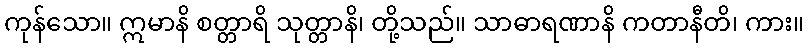
ကုန်သော။ ဣမာနိ စတ္တာရိ သုတ္တာနိ၊ တို့သည်။ သာဓာရဏာနိ ကတာနီတိ၊ ကား။